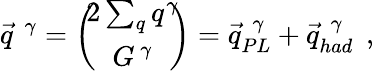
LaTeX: \vec{q}^{\, \, \gamma}=\left(\! \! \begin{array}{c}{{2\sum_{q}q^{\gamma}}}\\ {{G^{\, \gamma}}}\end{array}\! \! \right)=\vec{q}_{PL}^{\, \, \gamma}+\vec{q}_{had}^{\, \, \gamma}\: \: ,